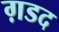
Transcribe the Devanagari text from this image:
ग़डद